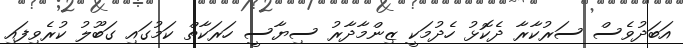
އަބަދުވެސް ސަރުކާރާ ދެކޮޅު ހެދުމަކީ ޒިންމާދާރު ސިޔާސީ ހަރަކާތް ކަމުގައި ގަބޫލު ކުރެވިފައި